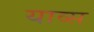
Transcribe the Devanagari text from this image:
याव्स